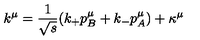
k ^ { \mu } = { \frac { 1 } { \sqrt s } } ( k _ { + } p _ { B } ^ { \mu } + k _ { - } p _ { A } ^ { \mu } ) + \kappa ^ { \mu }